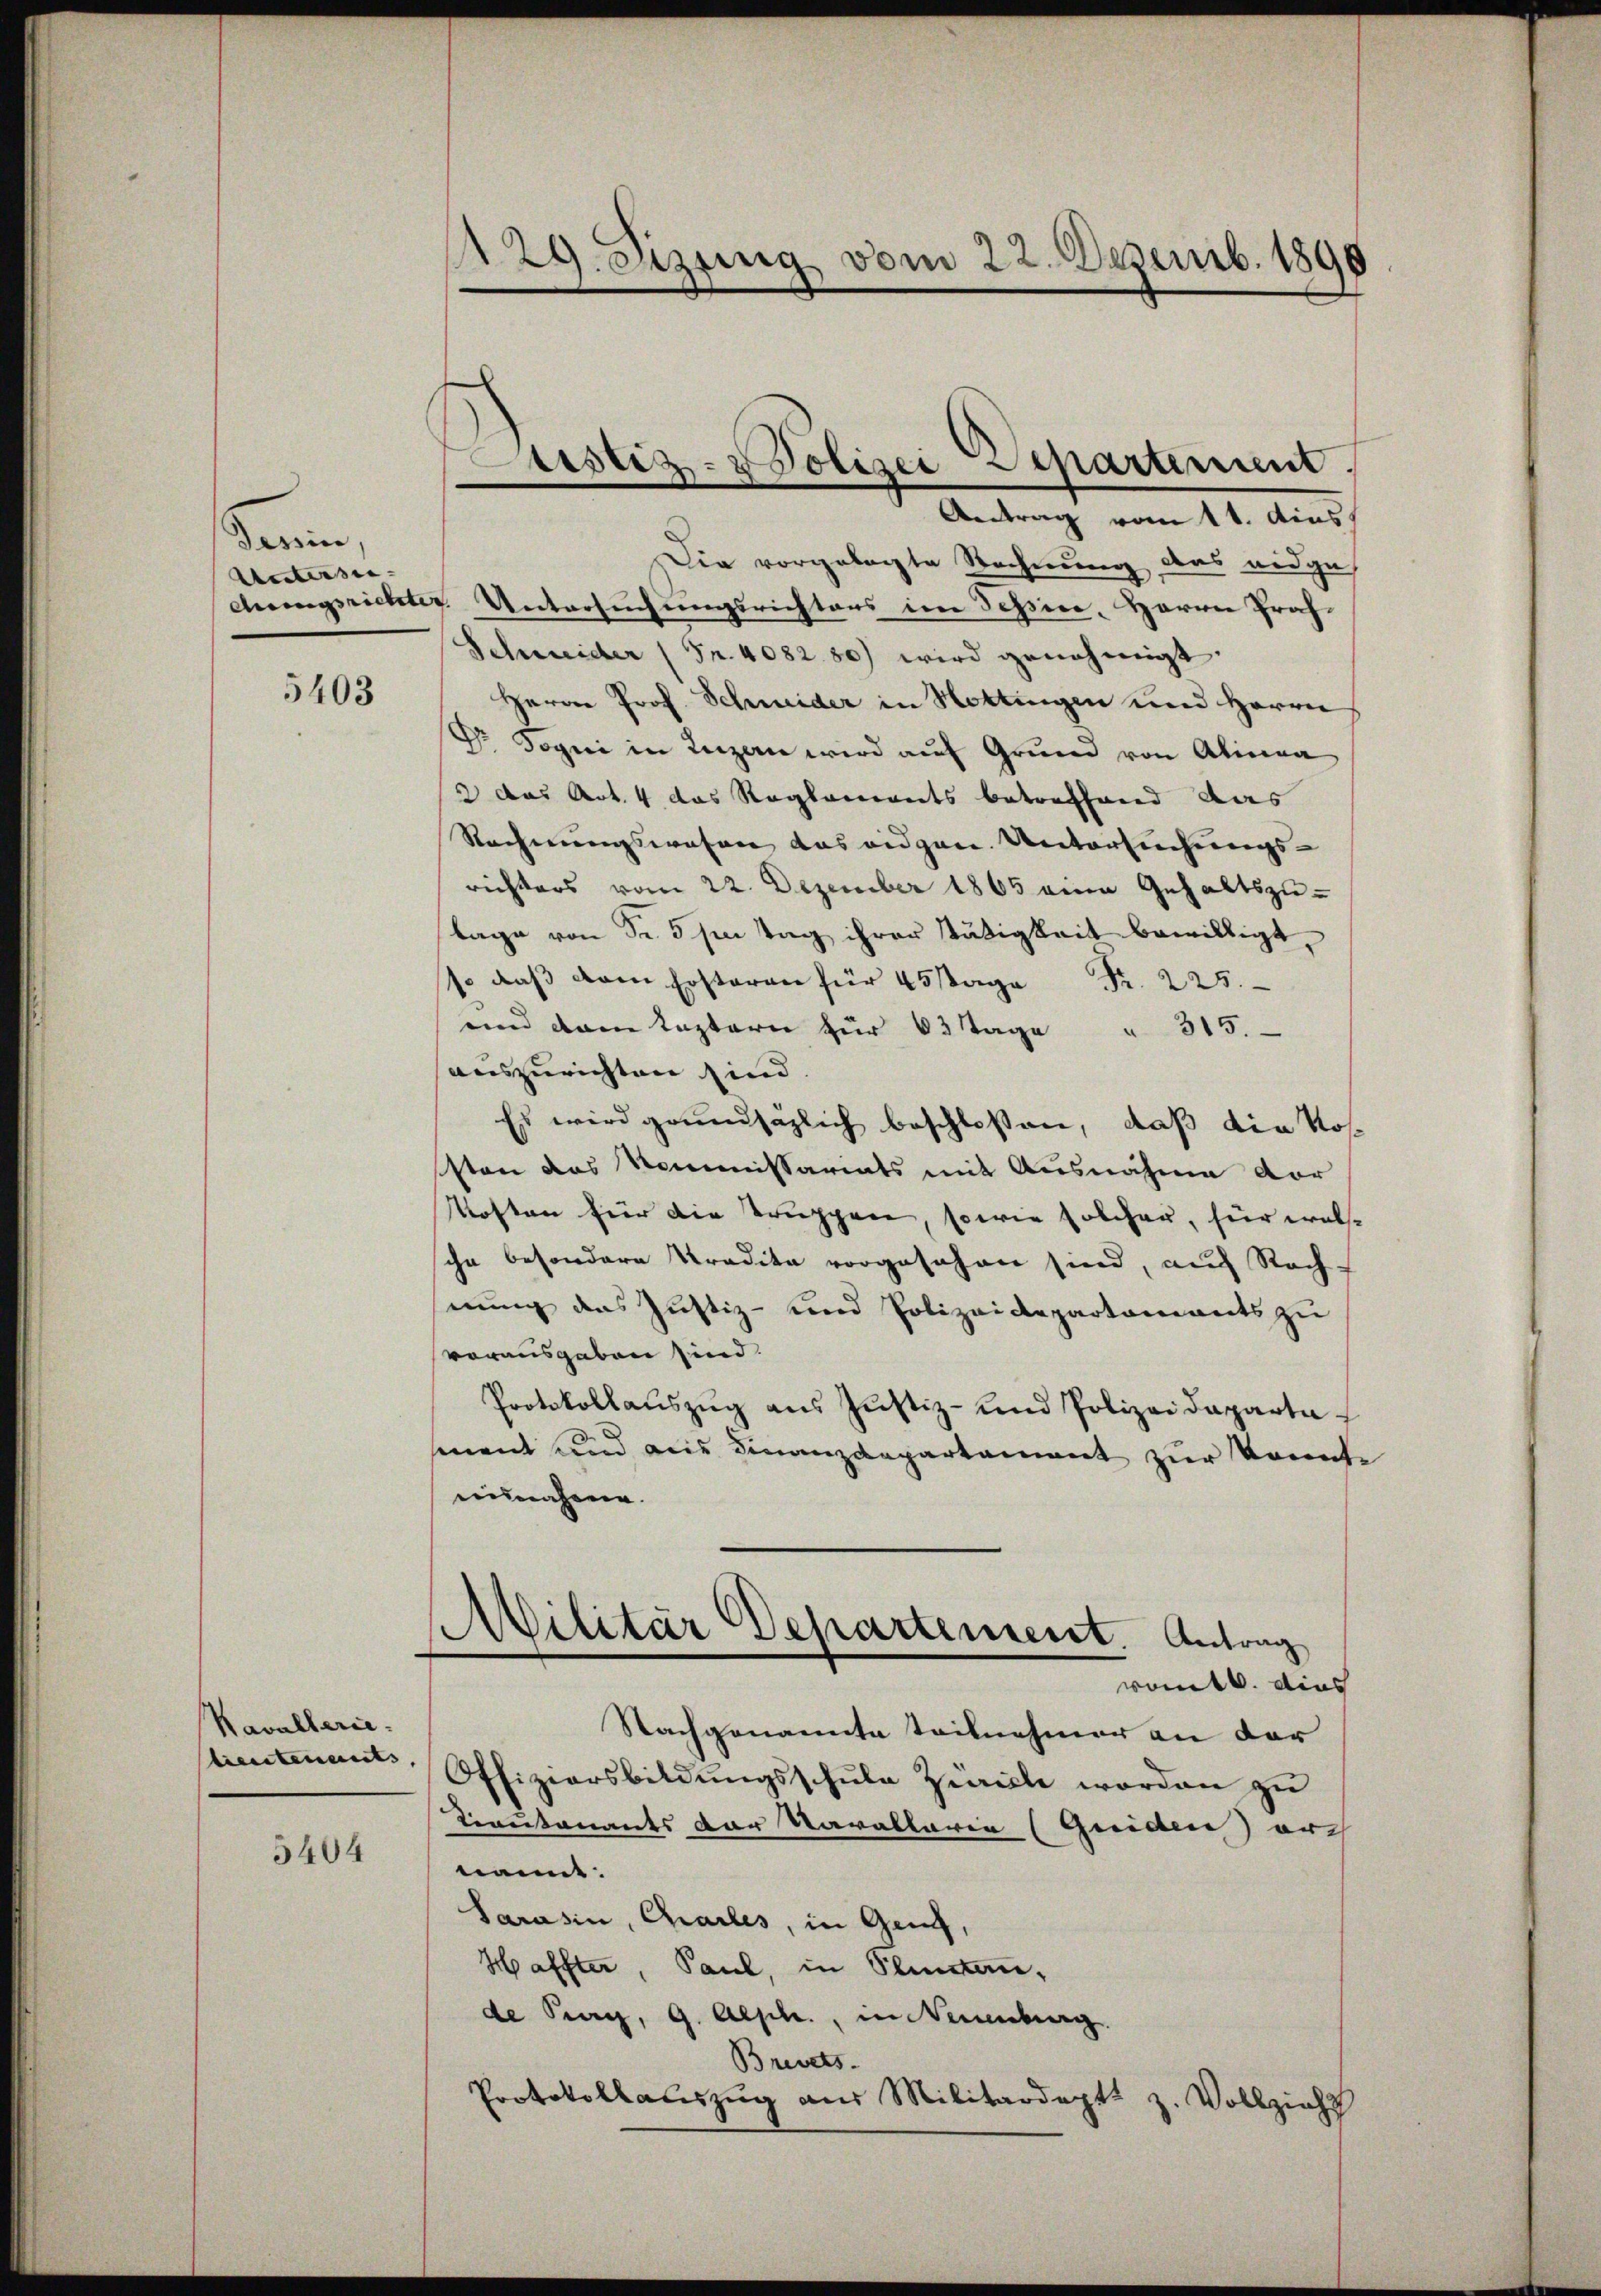
Tessin.
Aesters- |

5403

Kavallerie.
lieutenants,

5404

A 29. Sizung vom 22. Dezemb. 1890

Antrag vom 11. dies
Die vorgelegte Rechnung, das eidgeehrungsrichter Untersuchungsrichtens im Tessin, Herrn Praf¬
Schweider (Fr. 4082. 80) wird genehmigt.
Herrn Prof. Schweider in Hottingen und Herrn
Dr. Sogni in Luzern wird auf Grund von Alinea
2 das Art. 4 das Reglements betreffend das
Rechnungswesen das eidgen. Untersuchungs-
richters vom 22. Dezember 1865 eine Gehaltszulage von Sr. 5 sm Tag ihrer stätigkeit bewilligt,
s. daβ dem Erste
und dem leztern für 63 Tage " 315.
auszurichten sind. |
Es wird grundsätzlich beschloßen, daß die Kosssten das Kommissariats mit Ausnahme vor
Kosten für die Truppen, sowie solcher, für welsche besondere Tradika vorgesehen sind, auch Rechnung das Justiz- und Polizeidepartements zu
vorausgaben sind.
Protokollauszug aus Justiz- und Polizeideparta
ment und ains Finanzdepartament zur konnte
einnahme.
MMilitär Departement. Antrag
ront. dies
Nachgenannte teilnehmer an der
Offiziersbildungsschule Zürich worden zu
Tinutenants der Varallaria (Griden) auch
nannt.
Sarasin, Chailes, in Genf,
Haffter, Paul, in Planstan
de Prag, G. Aesch., in Neuenburg.
Brevets.
Protokollauszug aus Militärdept
Vollzieht

Justiz- & Polizei Departement.